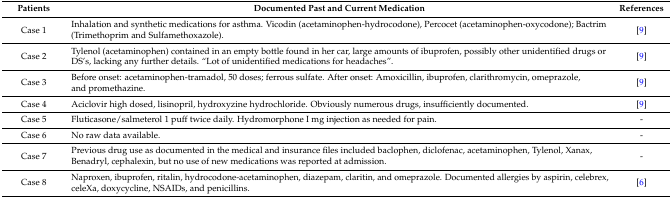
<table><thead><tr><td><b>Patients</b></td><td><b>Documented Past and Current Medication</b></td><td><b>References</b></td></tr></thead><tbody><tr><td>Case 1</td><td>Inhalation and synthetic medications for asthma. Vicodin (acetaminophen-hydrocodone), Percocet (acetaminophen-oxycodone); Bactrim (Trimethoprim and Sulfamethoxazole).</td><td>[9]</td></tr><tr><td>Case 2</td><td>Tylenol (acetaminophen) contained in an empty bottle found in her car, large amounts of ibuprofen, possibly other unidentified drugs or DS’s, lacking any further details. “Lot of unidentified medications for headaches”.</td><td>[9]</td></tr><tr><td>Case 3</td><td>Before onset: acetaminophen-tramadol, 50 doses; ferrous sulfate. After onset: Amoxicillin, ibuprofen, clarithromycin, omeprazole, and promethazine.</td><td>[9]</td></tr><tr><td>Case 4</td><td>Aciclovir high dosed, lisinopril, hydroxyzine hydrochloride. Obviously numerous drugs, insufficiently documented.</td><td>[9]</td></tr><tr><td>Case 5</td><td>Fluticasone/salmeterol 1 puff twice daily. Hydromorphone I mg injection as needed for pain.</td><td>-</td></tr><tr><td>Case 6</td><td>No raw data available.</td><td>-</td></tr><tr><td>Case 7</td><td>Previous drug use as documented in the medical and insurance files included baclophen, diclofenac, acetaminophen, Tylenol, Xanax, Benadryl, cephalexin, but no use of new medications was reported at admission.</td><td>-</td></tr><tr><td>Case 8</td><td>Naproxen, ibuprofen, ritalin, hydrocodone-acetaminophen, diazepam, claritin, and omeprazole. Documented allergies by aspirin, celebrex, celeXa, doxycycline, NSAIDs, and penicillins.</td><td>[6]</td></tr></tbody></table>